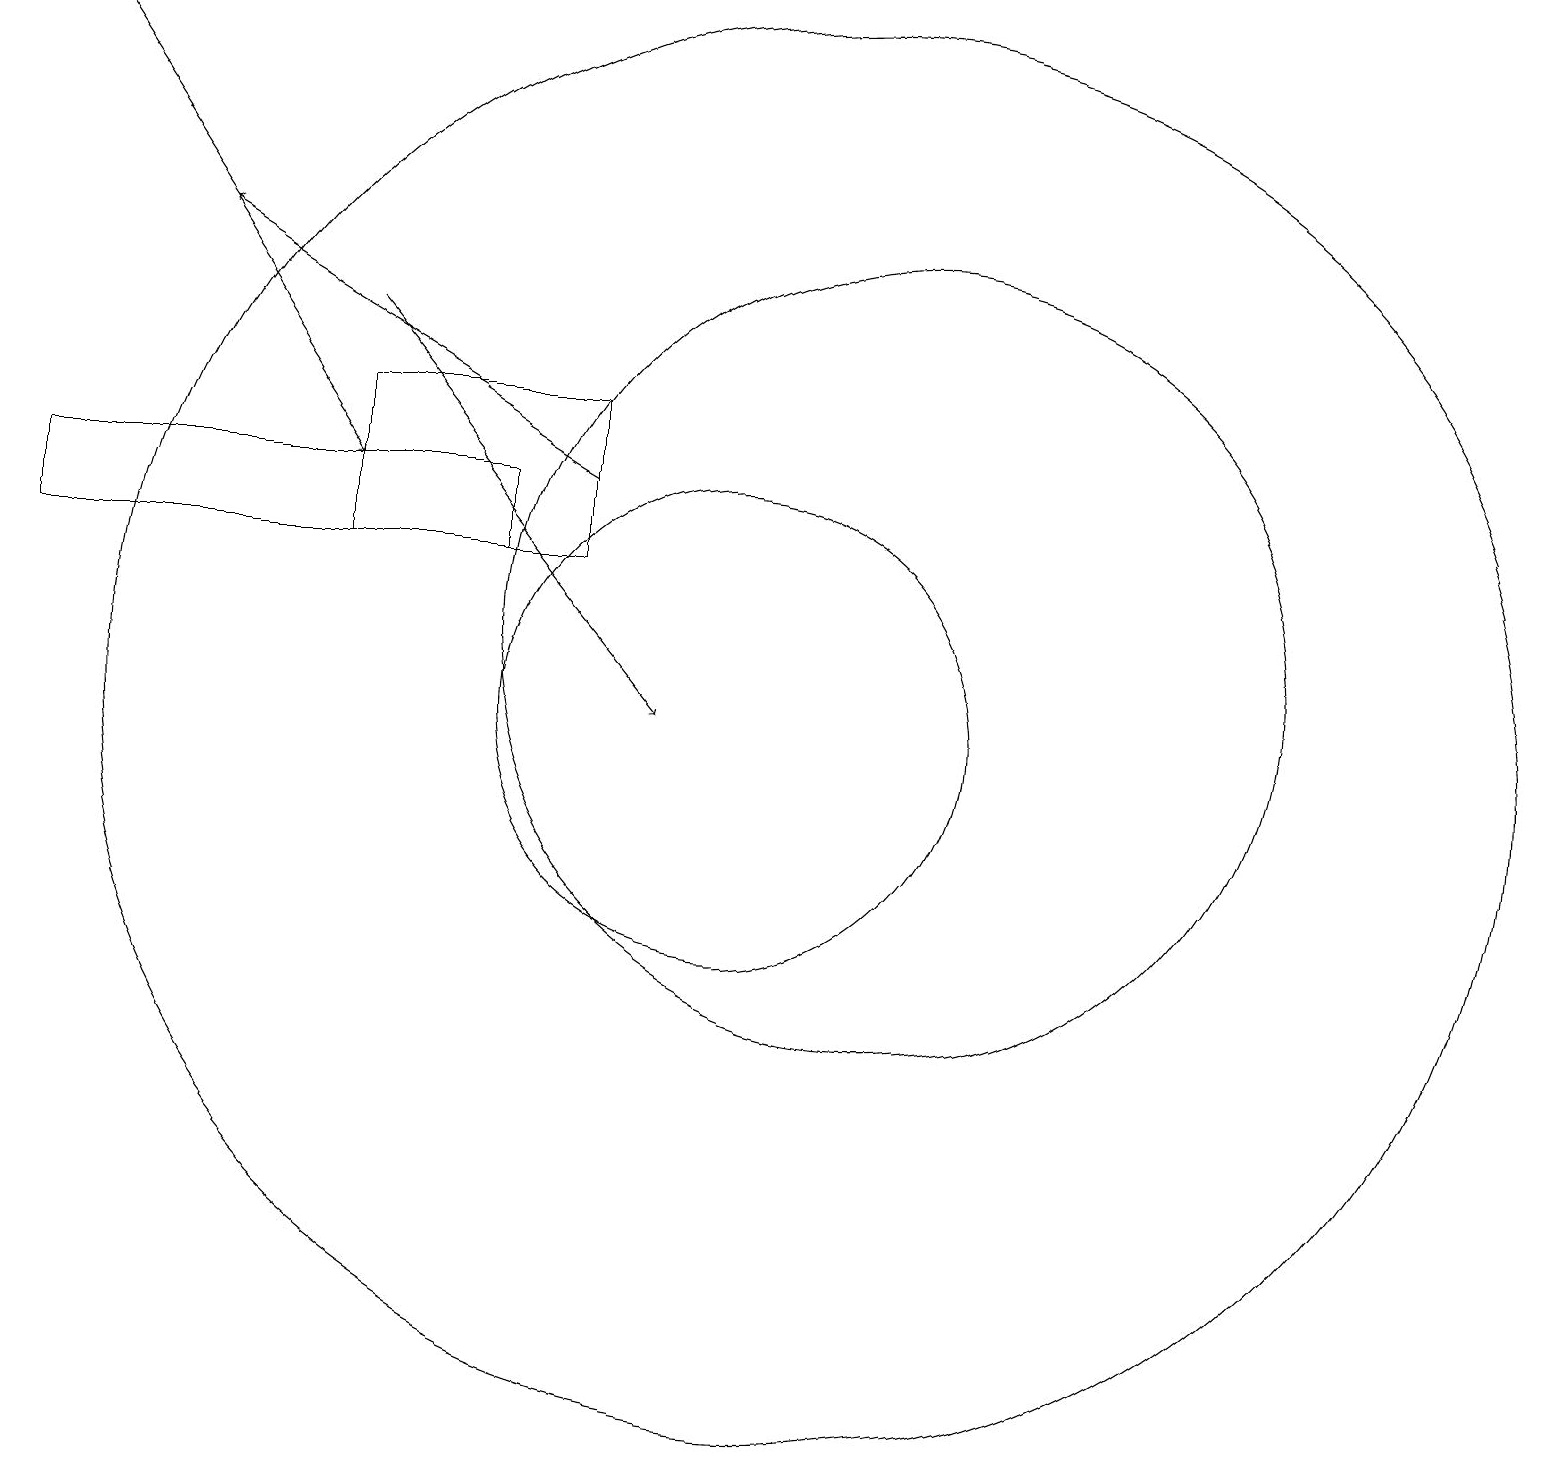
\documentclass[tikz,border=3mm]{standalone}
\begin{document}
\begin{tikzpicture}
\draw (5,12) rectangle (8,14);
\draw (12,11) circle (5);
\draw[->] (1,19) -- (5,13);
\draw[->] (5,15) -- (9,10);
\draw[->] (8,13) -- (3,16);
\draw (10,10) circle (3);
\draw (11,10) circle (9);
\draw (1,13) rectangle (7,12);
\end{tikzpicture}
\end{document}